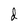
Character: d